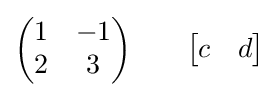
{\begin{pmatrix}1&-1\\2&3\end{pmatrix}}\quad \quad {\begin{bmatrix}c&d\end{bmatrix}}